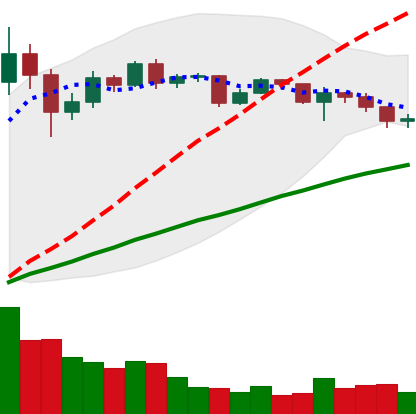
Ticker: XRP-USD
Chart end date: 2020-12-13
Forward return: 14.237%
Label: up_7plus